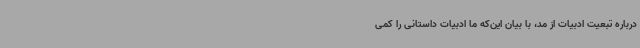
درباره تبعیت ادبیات از مد، با بیان این‌که ما ادبیات داستانی را کمی